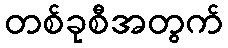
တစ်ခုစီအတွက်